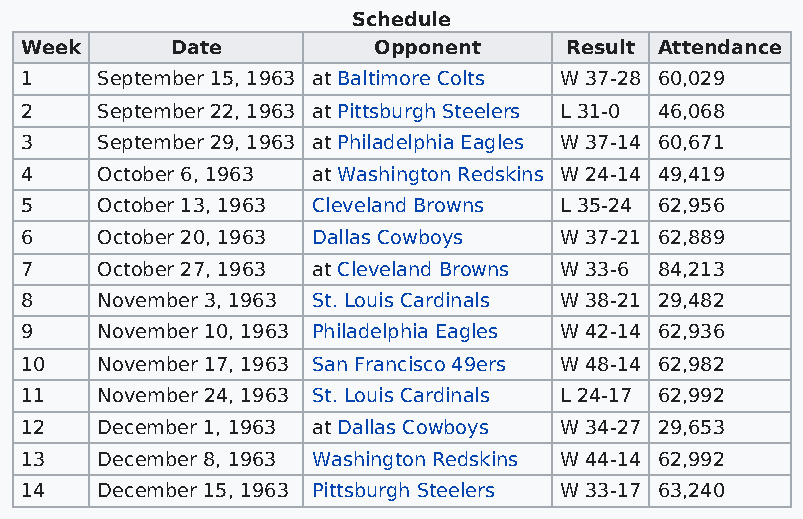
Schedule
 Week      Date          Opponent    Result Attendance
 1    September 15, 1963 at Baltimore Colts W 37-28 60,029
 2    September 22, 1963 at Pittsburgh Steelers L 31-0 46,068
 3    September 29, 1963 at Philadelphia Eagles W 37-14 60,671
 4    October 6, 1963 at Washington Redskins W 24-14 49,419
 5    October 13, 1963 Cleveland Browns L 35-24 62,956
 6    October 20, 1963 Dallas Cowboys W 37-21 62,889
 7    October 27, 1963 at Cleveland Browns W 33-6 84,213
 8    November 3, 1963 St. Louis Cardinals W 38-21 29,482
 9    November 10, 1963 Philadelphia Eagles W 42-14 62,936
 10   November 17, 1963 San Francisco 49ers W 48-14 62,982
 11   November 24, 1963 St. Louis Cardinals L 24-17 62,992
 12   December 1, 1963 at Dallas Cowboys W 34-27 29,653
 13   December 8, 1963 Washington Redskins W 44-14 62,992
 14   December 15, 1963 Pittsburgh Steelers W 33-17 63,240